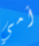
أمي